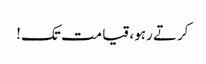
کرتے رہو، قیامت تک!